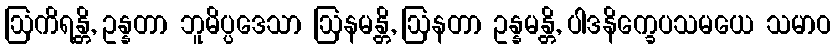
ဩကိရန္တိ, ဥန္နတာ ဘူမိပ္ပဒေသာ ဩနမန္တိ, ဩနတာ ဥန္နမန္တိ, ပါဒနိက္ခေပသမယေ သမာဝ